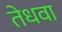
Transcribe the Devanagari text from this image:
तेधवा